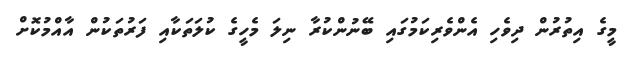
މީގެ އިތުރުން ދިވެހި އެންވެރިކަމުގައި ބޭނުންކުރާ ނިލަ މެހީގެ ކުލަތަކާއި ފަރުތަކުން އާއްމުކޮށް